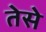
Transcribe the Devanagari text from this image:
तेसे